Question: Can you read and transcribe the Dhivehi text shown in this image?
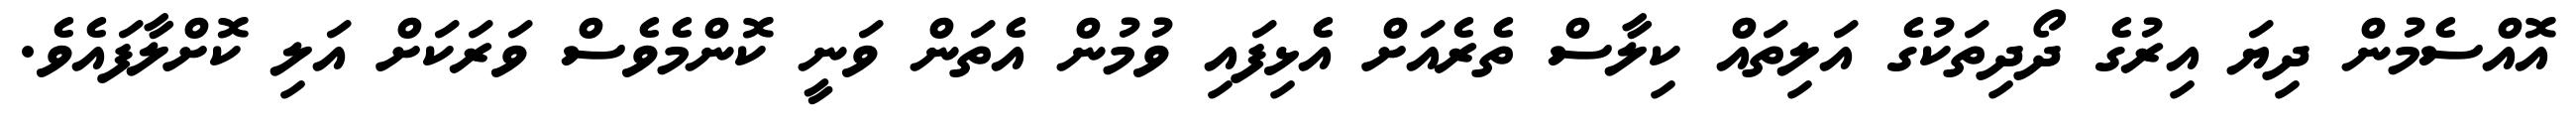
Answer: އޮއްސެމުން ދިޔަ އިރުގެ ދޯދިތަކުގެ އަލިތައް ކިލާސް ތެރެއަށް އެޅިފައި ވުމުން އެތަން ވަނީ ކޮންމެވެސް ވަރަކަށް އަލި ކޮށްލާފައެވެ.